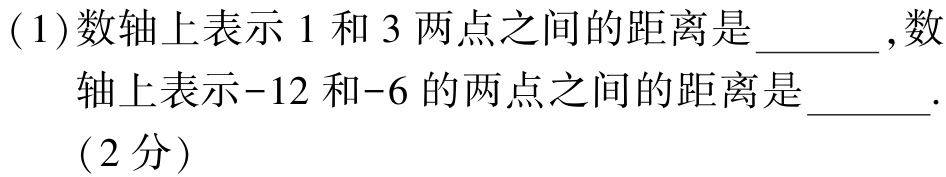
(1)数轴上表示$1$和$3$两点之间的距离是_______,数轴上表示$-12$和$-6$的两点之间的距离是_______.(2分)